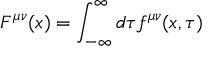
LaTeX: F ^ { \mu \nu } ( x ) = \int _ { - \infty } ^ { \infty } d \tau f ^ { \mu \nu } ( x , \tau )